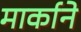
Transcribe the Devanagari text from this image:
मार्काने